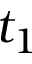
t _ { 1 }